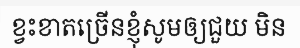
ខ្វះខាតច្រើនខ្ញុំសូមឲ្យជួយ មិន